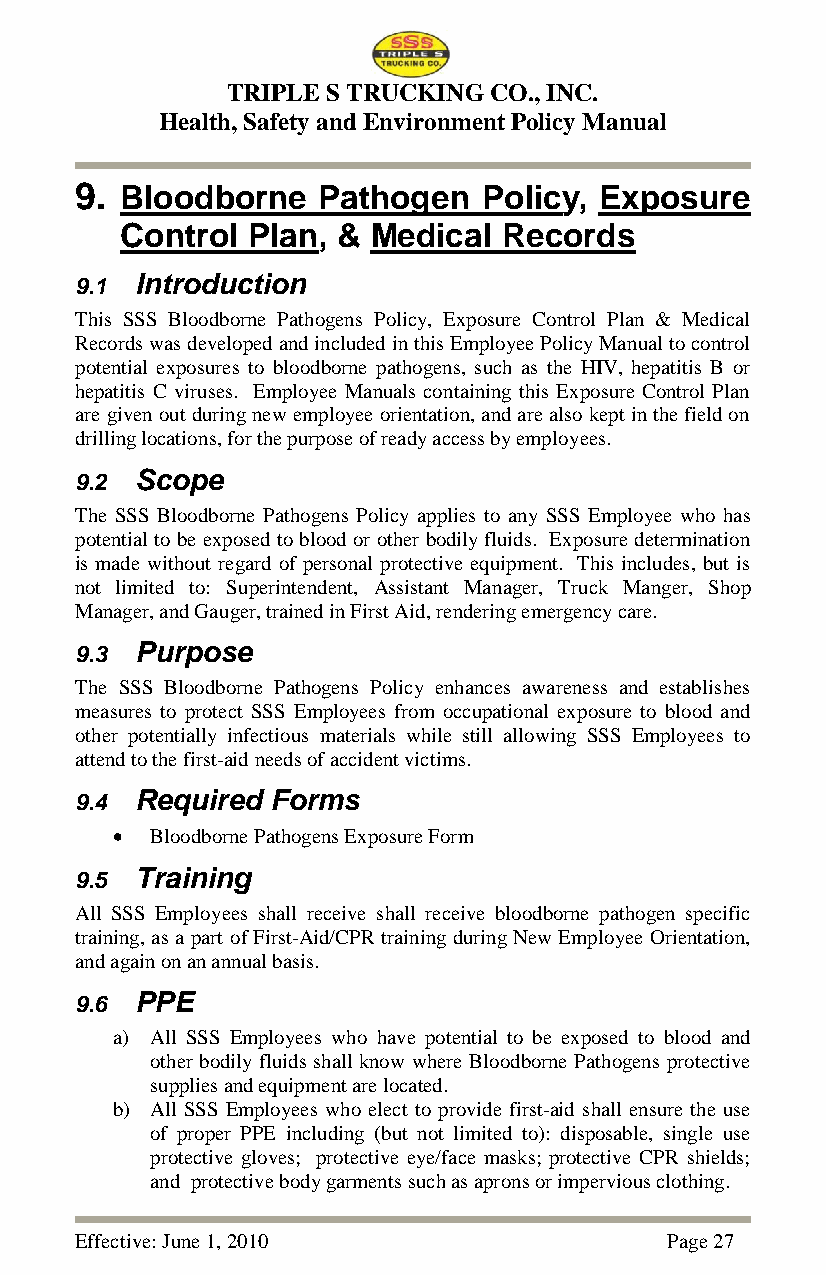
TRIPLE S TRUCKING CO., INC.
 Health, Safety and Environment Policy Manual
 9. Bloodborne   Pathogen   Policy, Exposure
 Control Plan, &  Medical Records
 9.1 Introduction
 This SSS Bloodborne Pathogens Policy, Exposure Control Plan & Medical
 Records was developed and included in this Employee Policy Manual to control
 potential exposures to bloodborne pathogens, such as the HIV, hepatitis B or
 hepatitis C viruses. Employee Manuals containing this Exposure Control Plan
 are given out during new employee orientation, and are also kept in the field on
 drilling locations, for the purpose of ready access by employees.
 9.2 Scope
 The SSS Bloodborne Pathogens Policy applies to any SSS Employee who has
 potential to be exposed to blood or other bodily fluids. Exposure determination
 is made without regard of personal protective equipment. This includes, but is
 not limited to: Superintendent, Assistant Manager, Truck Manger, Shop
 Manager, and Gauger, trained in First Aid, rendering emergency care.
 9.3 Purpose
 The SSS Bloodborne Pathogens Policy enhances awareness and establishes
 measures to protect SSS Employees from occupational exposure to blood and
 other potentially infectious materials while still allowing SSS Employees to
 attend to the first-aid needs of accident victims.
 9.4 Required Forms
   Bloodborne Pathogens Exposure Form
 9.5 Training
 All SSS Employees shall receive shall receive bloodborne pathogen specific
 training, as a part of First-Aid/CPR training during New Employee Orientation,
 and again on an annual basis.
 9.6 PPE
 a) All SSS Employees who have potential to be exposed to blood and
 other bodily fluids shall know where Bloodborne Pathogens protective
 supplies and equipment are located.
 b) All SSS Employees who elect to provide first-aid shall ensure the use
 of proper PPE including (but not limited to): disposable, single use
 protective gloves; protective eye/face masks; protective CPR shields;
 and protective body garments such as aprons or impervious clothing.
 Effective: June 1, 2010                Page 27